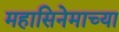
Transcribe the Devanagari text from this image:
महासिनेमाच्या